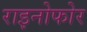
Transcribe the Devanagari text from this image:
राइनोफोर